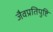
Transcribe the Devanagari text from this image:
जैवप्रतिपुष्टि